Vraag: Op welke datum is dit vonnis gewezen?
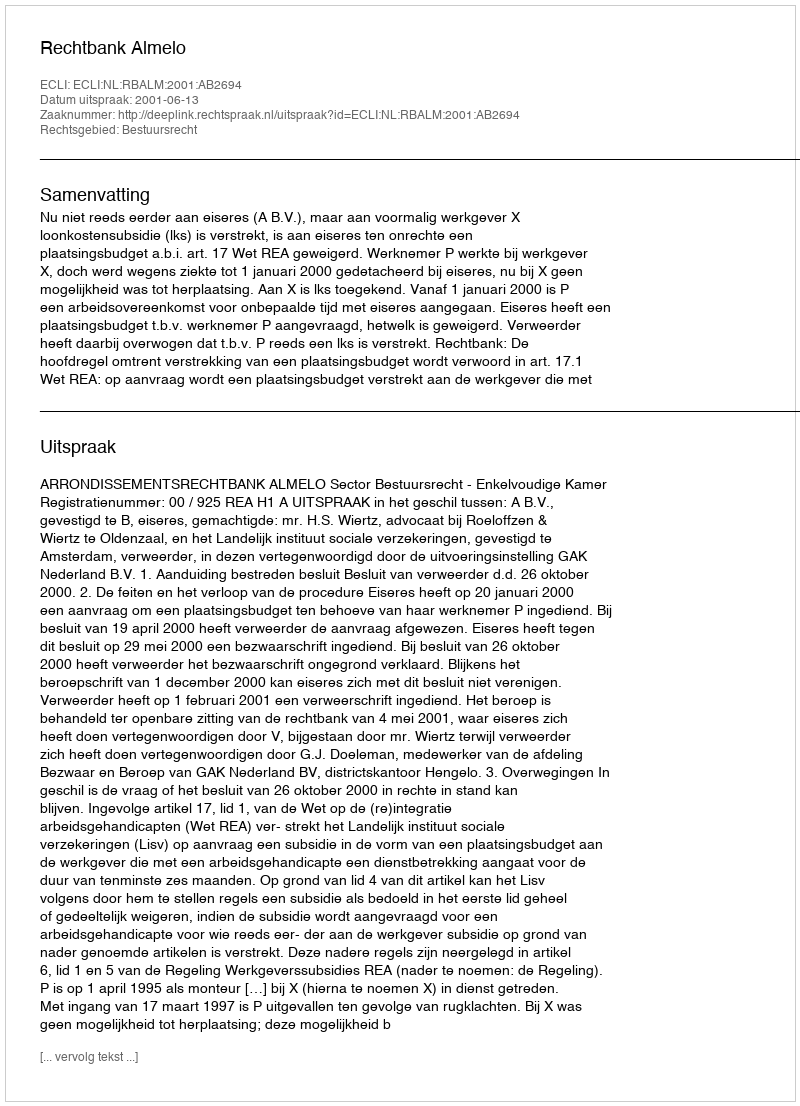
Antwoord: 2001-06-13